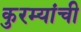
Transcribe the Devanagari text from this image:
कुरम्यांची